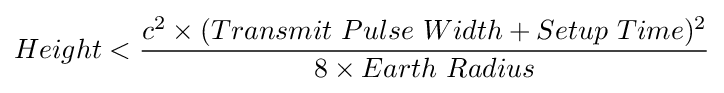
Height<{\frac {c^{2}\times (Transmit\ Pulse\ Width+Setup\ Time)^{2}}{8\times Earth\ Radius}}